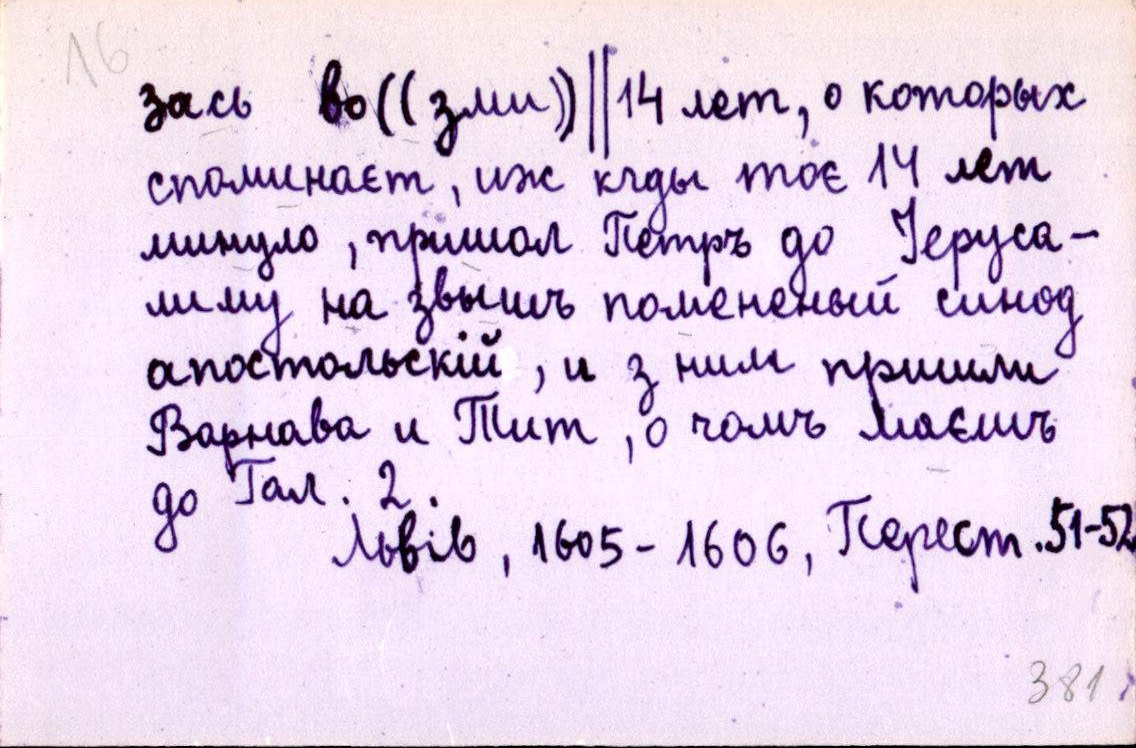
зась во((зми))║14 лет, о которых
споминаєт, иж кгды тоє 14 лет
минуло, пришол Петръ до Іеруса-
лиму на звышъ помененый синод
апостольскій, и з ним пришли
Варнава и Тит, о чомъ маєшъ
до Гал. 2.
Львів, 1605-1606, Перест. 51-52